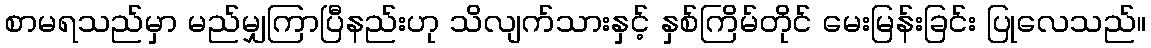
စာမရသည်မှာ မည်မျှကြာပြီနည်းဟု သိလျက်သားနှင့် နှစ်ကြိမ်တိုင် မေးမြန်းခြင်း ပြုလေသည်။